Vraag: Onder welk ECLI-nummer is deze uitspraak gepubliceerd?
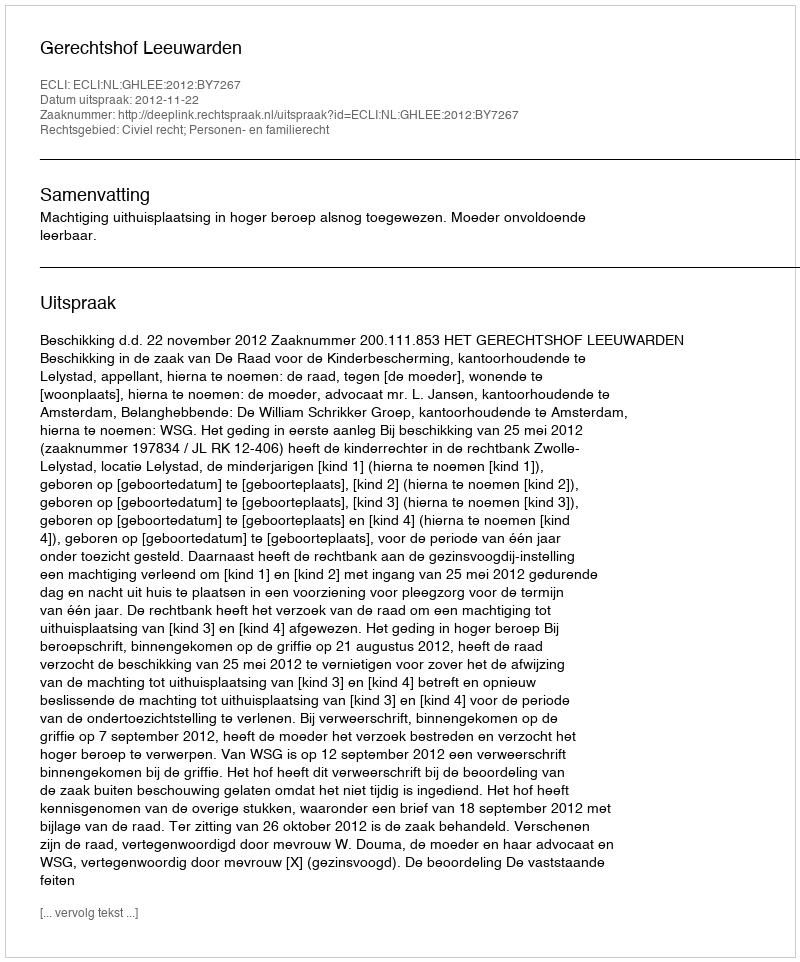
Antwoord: ECLI:NL:GHLEE:2012:BY7267